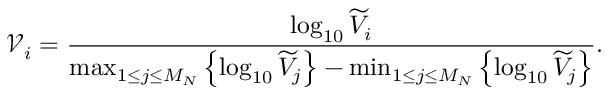
\mathcal V _ { i } = \frac { \log _ { 1 0 } \widetilde V _ { i } } { \operatorname* { m a x } _ { 1 \le j \le M _ { N } } \left\{ \log _ { 1 0 } \widetilde V _ { j } \right\} - \operatorname* { m i n } _ { 1 \le j \le M _ { N } } \left\{ \log _ { 1 0 } \widetilde V _ { j } \right\} } .